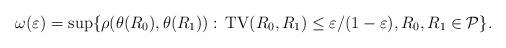
LaTeX: \begin{align*} \omega(\varepsilon) = \sup\{\rho(\theta(R_0), \theta(R_1)): \, \mathrm{TV}(R_0, R_1) \leq \varepsilon/(1-\varepsilon), R_0, R_1 \in \mathcal{P}\}. \end{align*}